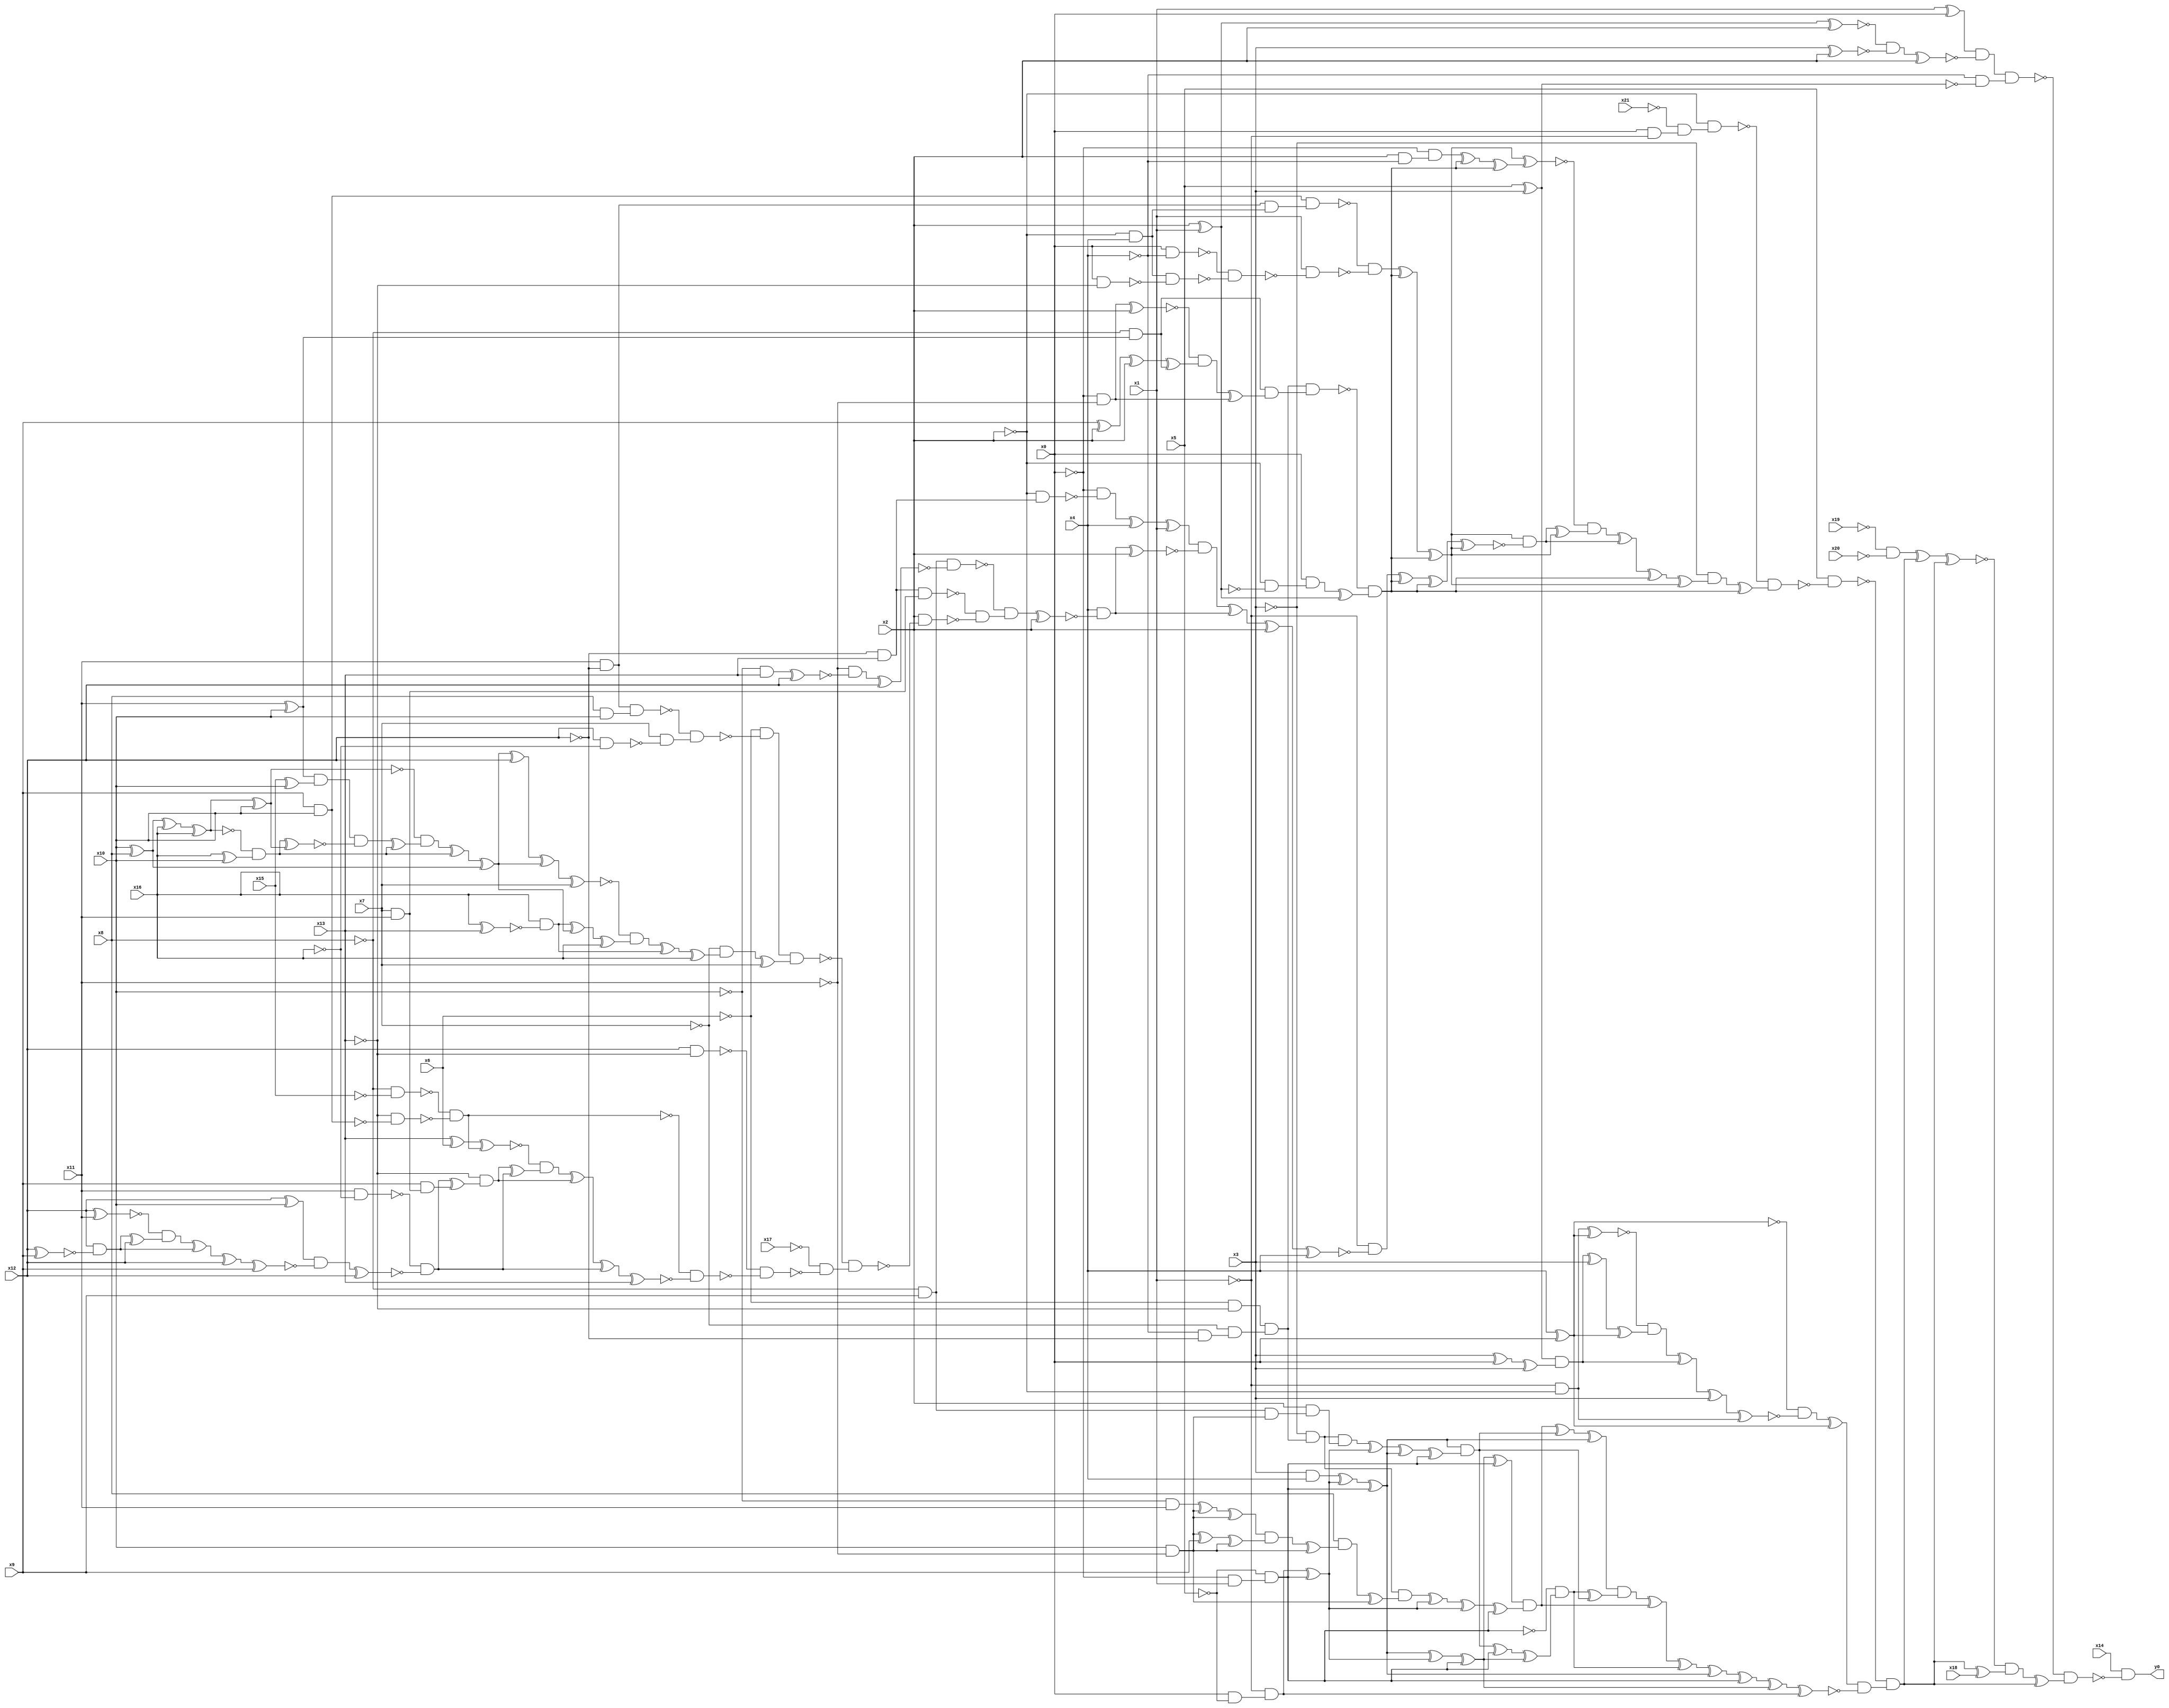
module top( x0 , x1 , x2 , x3 , x4 , x5 , x6 , x7 , x8 , x9 , x10 , x11 , x12 , x13 , x14 , x15 , x16 , x17 , x18 , x19 , x20 , x21 , y0 );
  input x0 , x1 , x2 , x3 , x4 , x5 , x6 , x7 , x8 , x9 , x10 , x11 , x12 , x13 , x14 , x15 , x16 , x17 , x18 , x19 , x20 , x21 ;
  output y0 ;
  wire n23 , n24 , n25 , n26 , n27 , n28 , n29 , n30 , n31 , n32 , n33 , n34 , n35 , n36 , n37 , n38 , n39 , n40 , n41 , n42 , n43 , n44 , n45 , n46 , n47 , n48 , n49 , n50 , n51 , n52 , n53 , n54 , n55 , n56 , n57 , n58 , n59 , n60 , n61 , n62 , n63 , n64 , n65 , n66 , n67 , n68 , n69 , n70 , n71 , n72 , n73 , n74 , n75 , n76 , n77 , n78 , n79 , n80 , n81 , n82 , n83 , n84 , n85 , n86 , n87 , n88 , n89 , n90 , n91 , n92 , n93 , n94 , n95 , n96 , n97 , n98 , n99 , n100 , n101 , n102 , n103 , n104 , n105 , n106 , n107 , n108 , n109 , n110 , n111 , n112 , n113 , n114 , n115 , n116 , n117 , n118 , n119 , n120 , n121 , n122 , n123 , n124 , n125 , n126 , n127 , n128 , n129 , n130 , n131 , n132 , n133 , n134 , n135 , n136 , n137 , n138 , n139 , n140 , n141 , n142 , n143 , n144 , n145 , n146 , n147 , n148 , n149 , n150 , n151 , n152 , n153 , n154 , n155 , n156 , n157 , n158 , n159 , n160 , n161 , n162 , n163 , n164 , n165 , n166 , n167 , n168 , n169 , n170 , n171 , n172 , n173 , n174 , n175 , n176 , n177 , n178 , n179 , n180 , n181 , n182 , n183 , n184 , n185 , n186 , n187 , n188 , n189 , n190 , n191 , n192 , n193 , n194 , n195 , n196 , n197 , n198 , n199 , n200 , n201 , n202 , n203 , n204 , n205 , n206 , n207 , n208 , n209 , n210 , n211 , n212 , n213 , n214 , n215 , n216 , n217 , n218 , n219 , n220 , n221 , n222 , n223 , n224 , n225 , n226 , n227 , n228 , n229 , n230 , n231 , n232 , n233 , n234 , n235 , n236 , n237 , n238 , n239 , n240 , n241 , n242 , n243 , n244 ;
  assign n23 = x1 ^ x0 ;
  assign n24 = x2 ^ x1 ;
  assign n25 = n24 ^ x2 ;
  assign n26 = x3 ^ x2 ;
  assign n27 = ~n25 & ~n26 ;
  assign n28 = n27 ^ x2 ;
  assign n29 = n23 & ~n28 ;
  assign n30 = x5 ^ x3 ;
  assign n31 = ~x4 & ~n30 ;
  assign n32 = n29 & n31 ;
  assign n237 = ~x19 & ~x20 ;
  assign n33 = x0 & ~x1 ;
  assign n34 = ~x21 & n33 ;
  assign n35 = ~x2 & n34 ;
  assign n59 = x9 & x10 ;
  assign n60 = x11 & ~x12 ;
  assign n61 = ~x2 & x4 ;
  assign n62 = n60 & n61 ;
  assign n63 = n59 & n62 ;
  assign n64 = x0 & ~x4 ;
  assign n65 = x0 & ~x13 ;
  assign n66 = n61 & ~n65 ;
  assign n67 = ~n64 & ~n66 ;
  assign n68 = x1 & ~n67 ;
  assign n69 = ~n63 & ~n68 ;
  assign n36 = ~x6 & ~x13 ;
  assign n37 = ~x4 & ~x12 ;
  assign n38 = ~x7 & n37 ;
  assign n39 = n36 & n38 ;
  assign n40 = x11 ^ x10 ;
  assign n41 = ~x8 & n40 ;
  assign n42 = ~x0 & ~x11 ;
  assign n43 = n42 ^ x2 ;
  assign n44 = x9 ^ x2 ;
  assign n45 = n44 ^ x2 ;
  assign n46 = n45 ^ n41 ;
  assign n47 = ~n43 & n46 ;
  assign n48 = n47 ^ n42 ;
  assign n49 = n41 & n48 ;
  assign n50 = n39 & n49 ;
  assign n51 = ~x2 & ~n24 ;
  assign n52 = x0 & n51 ;
  assign n53 = n52 ^ n24 ;
  assign n54 = ~n50 & n53 ;
  assign n70 = n69 ^ n54 ;
  assign n71 = n70 ^ n54 ;
  assign n55 = x2 & ~x4 ;
  assign n56 = ~x0 & n55 ;
  assign n57 = n56 ^ n54 ;
  assign n58 = n57 ^ n54 ;
  assign n72 = n71 ^ n58 ;
  assign n73 = ~x12 & x13 ;
  assign n74 = ~x2 & n73 ;
  assign n75 = ~x0 & ~n74 ;
  assign n76 = n75 ^ x4 ;
  assign n77 = n76 ^ x1 ;
  assign n78 = ~x8 & x9 ;
  assign n79 = ~x10 & x13 ;
  assign n80 = n79 ^ x12 ;
  assign n81 = ~x11 & ~n80 ;
  assign n82 = n81 ^ x12 ;
  assign n83 = n78 & ~n82 ;
  assign n84 = x7 & x11 ;
  assign n85 = n73 & n84 ;
  assign n86 = x8 & x10 ;
  assign n87 = n60 & n86 ;
  assign n88 = x12 & ~x16 ;
  assign n89 = x7 & ~n88 ;
  assign n90 = ~n87 & n89 ;
  assign n91 = ~x6 & ~n90 ;
  assign n92 = x10 ^ x8 ;
  assign n93 = n92 ^ x16 ;
  assign n94 = n93 ^ x16 ;
  assign n95 = n94 ^ x10 ;
  assign n96 = x15 ^ x10 ;
  assign n97 = n40 & n96 ;
  assign n98 = x16 ^ x10 ;
  assign n99 = ~n94 & n98 ;
  assign n100 = n99 ^ n95 ;
  assign n101 = n97 & ~n100 ;
  assign n102 = n101 ^ n99 ;
  assign n103 = ~n95 & n102 ;
  assign n104 = n103 ^ n99 ;
  assign n105 = n104 ^ n92 ;
  assign n106 = n105 ^ x12 ;
  assign n107 = n106 ^ n105 ;
  assign n108 = n107 ^ x7 ;
  assign n109 = x16 ^ x13 ;
  assign n110 = x16 & ~n109 ;
  assign n111 = n110 ^ n105 ;
  assign n112 = n111 ^ x16 ;
  assign n113 = ~n108 & n112 ;
  assign n114 = n113 ^ n110 ;
  assign n115 = n114 ^ x16 ;
  assign n116 = ~x7 & n115 ;
  assign n117 = n116 ^ x7 ;
  assign n118 = n91 & n117 ;
  assign n119 = x12 & ~x13 ;
  assign n120 = ~x8 & ~x15 ;
  assign n121 = ~x13 & ~n59 ;
  assign n122 = ~n120 & ~n121 ;
  assign n123 = x13 ^ x6 ;
  assign n124 = n123 ^ n122 ;
  assign n126 = x11 & ~x16 ;
  assign n127 = x12 ^ x10 ;
  assign n128 = x12 ^ x11 ;
  assign n129 = x12 ^ x9 ;
  assign n130 = x12 & ~n129 ;
  assign n131 = n130 ^ x12 ;
  assign n132 = ~n128 & n131 ;
  assign n133 = n132 ^ n130 ;
  assign n134 = n133 ^ x12 ;
  assign n135 = n134 ^ x9 ;
  assign n136 = n127 & ~n135 ;
  assign n137 = n136 ^ x12 ;
  assign n138 = ~n126 & ~n137 ;
  assign n125 = x9 & n84 ;
  assign n139 = n138 ^ n125 ;
  assign n140 = ~x13 & n139 ;
  assign n141 = n140 ^ n138 ;
  assign n142 = ~n124 & n141 ;
  assign n143 = n142 ^ n140 ;
  assign n144 = n143 ^ n138 ;
  assign n145 = n144 ^ x13 ;
  assign n146 = ~n122 & ~n145 ;
  assign n147 = ~n119 & ~n146 ;
  assign n148 = ~x17 & ~n147 ;
  assign n149 = ~n118 & n148 ;
  assign n150 = x2 & ~n149 ;
  assign n151 = ~n85 & ~n150 ;
  assign n152 = ~n83 & n151 ;
  assign n153 = n152 ^ x2 ;
  assign n154 = x4 & ~n153 ;
  assign n155 = n154 ^ x2 ;
  assign n156 = n77 & ~n155 ;
  assign n157 = n156 ^ n154 ;
  assign n158 = n157 ^ x2 ;
  assign n159 = n158 ^ x4 ;
  assign n160 = ~x1 & ~n159 ;
  assign n161 = n160 ^ n54 ;
  assign n162 = n161 ^ n54 ;
  assign n163 = n162 ^ n71 ;
  assign n164 = n71 & ~n163 ;
  assign n165 = n164 ^ n71 ;
  assign n166 = ~n72 & n165 ;
  assign n167 = n166 ^ n164 ;
  assign n168 = n167 ^ n54 ;
  assign n169 = n168 ^ n71 ;
  assign n170 = ~x3 & n169 ;
  assign n171 = n170 ^ n54 ;
  assign n172 = ~n35 & n171 ;
  assign n173 = x5 & ~n172 ;
  assign n174 = x4 ^ x0 ;
  assign n175 = ~x1 & ~x2 ;
  assign n176 = n175 ^ n174 ;
  assign n177 = x3 ^ x0 ;
  assign n178 = n177 ^ x3 ;
  assign n179 = n30 & n178 ;
  assign n180 = n179 ^ x3 ;
  assign n181 = n180 ^ n174 ;
  assign n182 = ~n176 & n181 ;
  assign n183 = n182 ^ n179 ;
  assign n184 = n183 ^ x3 ;
  assign n185 = n184 ^ n175 ;
  assign n186 = ~n174 & ~n185 ;
  assign n187 = n186 ^ n174 ;
  assign n193 = x3 & x4 ;
  assign n190 = x0 & ~x5 ;
  assign n191 = ~x1 & n190 ;
  assign n188 = ~x0 & x1 ;
  assign n189 = ~x5 & n188 ;
  assign n192 = n191 ^ n189 ;
  assign n194 = n193 ^ n192 ;
  assign n195 = n194 ^ n189 ;
  assign n205 = n195 ^ n192 ;
  assign n206 = n205 ^ n189 ;
  assign n207 = n206 ^ n189 ;
  assign n196 = ~x3 & n39 ;
  assign n208 = ~x10 & x11 ;
  assign n197 = x10 & ~x11 ;
  assign n209 = n208 ^ n197 ;
  assign n210 = n209 ^ n197 ;
  assign n211 = n197 ^ x9 ;
  assign n212 = n211 ^ n197 ;
  assign n213 = n210 & n212 ;
  assign n214 = n213 ^ n197 ;
  assign n215 = x8 & n214 ;
  assign n216 = n215 ^ n197 ;
  assign n217 = n196 & n216 ;
  assign n218 = n217 ^ n192 ;
  assign n219 = n218 ^ n192 ;
  assign n220 = n219 ^ n189 ;
  assign n221 = n207 & n220 ;
  assign n198 = n78 & n197 ;
  assign n199 = x2 & n198 ;
  assign n200 = n196 & n199 ;
  assign n201 = n200 ^ n192 ;
  assign n202 = n201 ^ n195 ;
  assign n203 = n202 ^ n189 ;
  assign n204 = n195 & n203 ;
  assign n222 = n221 ^ n204 ;
  assign n223 = n222 ^ n195 ;
  assign n224 = n204 ^ n189 ;
  assign n225 = n224 ^ n206 ;
  assign n226 = ~n189 & n225 ;
  assign n227 = n226 ^ n204 ;
  assign n228 = n223 & n227 ;
  assign n229 = n228 ^ n221 ;
  assign n230 = n229 ^ n226 ;
  assign n231 = n230 ^ n195 ;
  assign n232 = n231 ^ n189 ;
  assign n233 = n232 ^ n206 ;
  assign n234 = n233 ^ n191 ;
  assign n235 = n187 & ~n234 ;
  assign n236 = ~n173 & n235 ;
  assign n238 = n237 ^ n236 ;
  assign n239 = n238 ^ n236 ;
  assign n240 = n236 ^ x18 ;
  assign n241 = ~n239 & n240 ;
  assign n242 = n241 ^ n236 ;
  assign n243 = ~n32 & n242 ;
  assign n244 = x14 & ~n243 ;
  assign y0 = n244 ;
endmodule